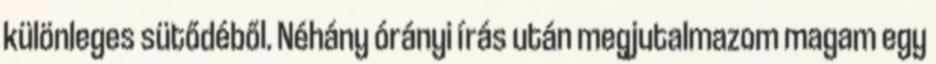
különleges sütődéből. Néhány órányi írás után megjutalmazom magam egy